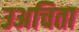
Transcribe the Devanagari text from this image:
उअचिता